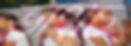
ভাংচি